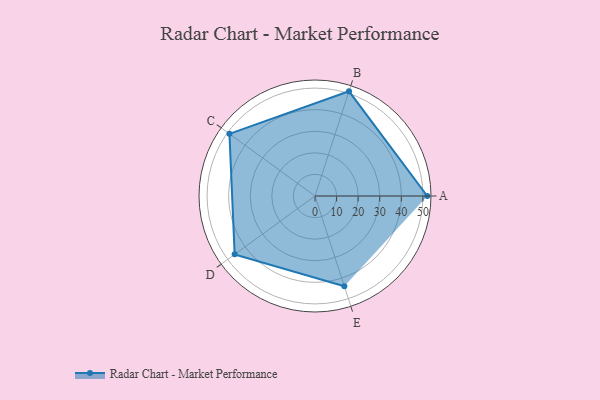
{"axis": {"x": "Skill", "y": "Score"}, "legend": ["Profile"], "data": [{"x": "A", "y": 52.0, "type": "Profile"}, {"x": "B", "y": 51.0, "type": "Profile"}, {"x": "C", "y": 49.0, "type": "Profile"}, {"x": "D", "y": 46.0, "type": "Profile"}, {"x": "E", "y": 44.0, "type": "Profile"}]}